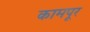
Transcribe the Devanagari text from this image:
कामपूर